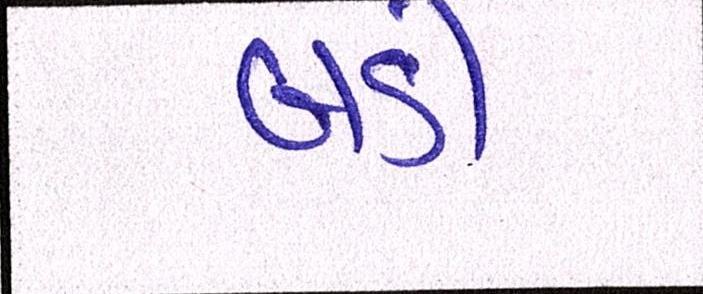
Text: બડી